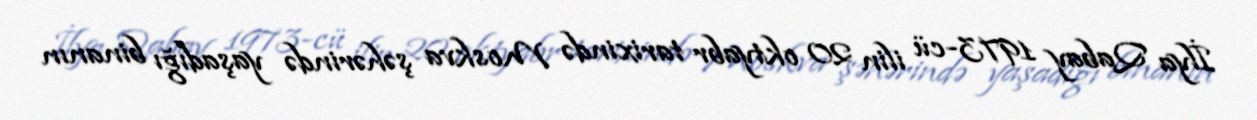
İlya Qabay 1973-cü ilin 20 oktyabr tarixində Moskva şəhərində yaşadığı binanın